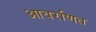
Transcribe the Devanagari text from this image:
आवरणित